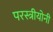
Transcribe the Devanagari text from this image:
परस्त्रीयोनी